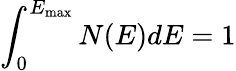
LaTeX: \int_{0}^{E_{\mathrm{{max}}}}N(E)dE=1